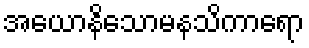
အယောနိသောမနသိကာရော